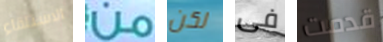
الاستلقاء من لكن فى قدمت